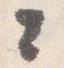
々